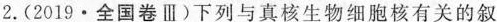
2.(2019·全国卷Ⅲ)下列与真核生物细胞核有关的叙